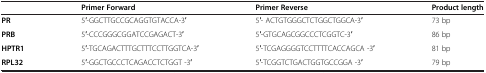
|  | Primer Forward | Primer Reverse | Product length |
 | --- | --- | --- | --- |
 | PR | 5′-GGCTTGCCGCAGGTGTACCA-3′ | 5′- ACTGTGGGCTCTGGCTGGCA-3′ | 73 bp |
 | PRB | 5′-CCCGGGCGGATCCGAGACT-3′ | 5′-GTGCAGCGGCCCTCGGTC-3′ | 86 bp |
 | HPTR1 | 5′-TGCAGACTTTGCTTTCCTTGGTCA-3′ | 5′-TCGAGGGGTCCTTTTCACCAGCA -3′ | 81 bp |
 | RPL32 | 5′-GGCTGCCCTCAGACCTCTGGT -3′ | 5′-TCGGTCTGACTGGTGCCGGA -3′ | 79 bp |